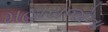
મહારાજોના